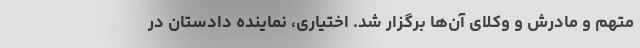
متهم و مادرش و وکلای آن‌ها برگزار شد. اختیاری، نماینده دادستان در